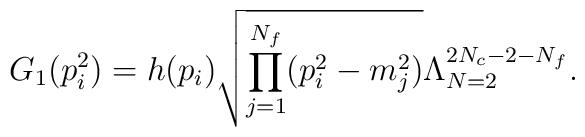
G_{1}(p_{i}^{2}) = h(p_{i}) \sqrt{\prod_{j=1}^{N_{f}}(p_{i}^{2} - m_{j}^{2})} \Lambda_{N=2}^{2N_{c} - 2 - N_{f}}.